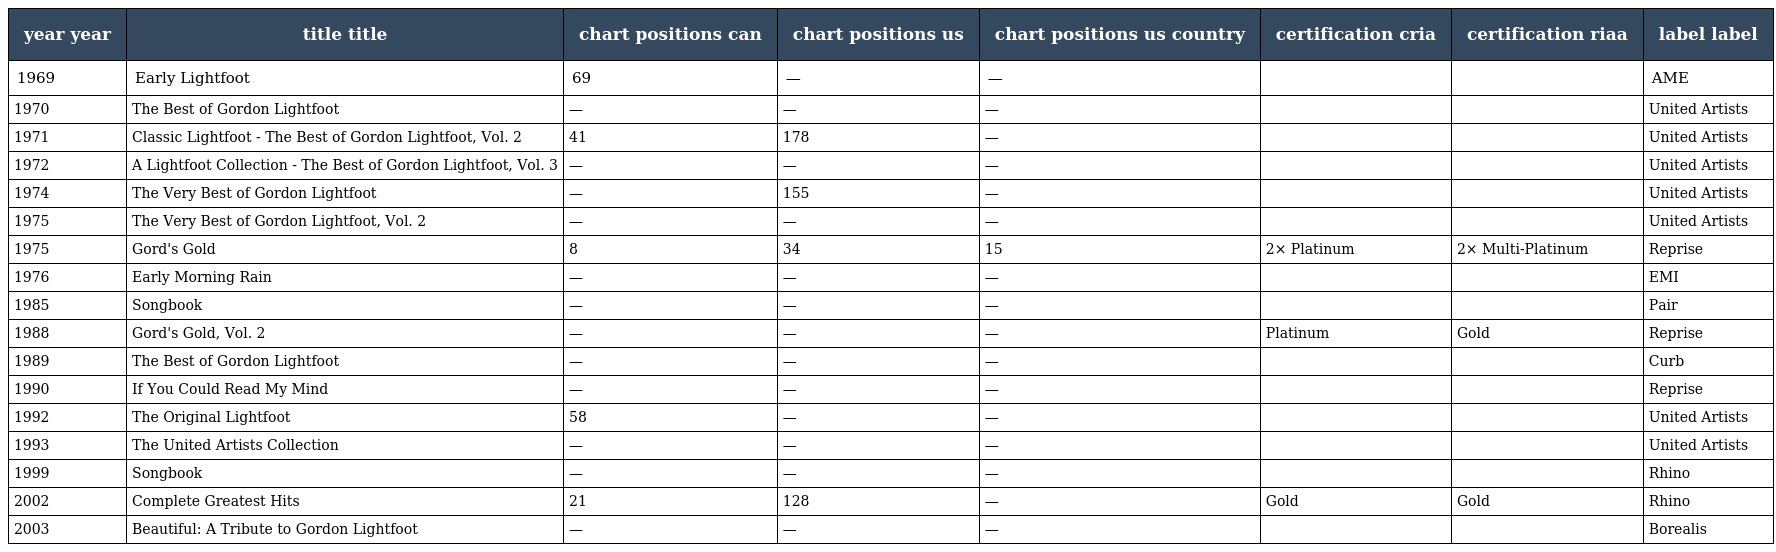
| year year | title title | chart positions can | chart positions us | chart positions us country | certification cria | certification riaa | label label |
 | --- | --- | --- | --- | --- | --- | --- | --- |
 | 1969 | Early Lightfoot | 69 | — | — |  |  | AME |
 | 1970 | The Best of Gordon Lightfoot | — | — | — |  |  | United Artists |
 | 1971 | Classic Lightfoot - The Best of Gordon Lightfoot, Vol. 2 | 41 | 178 | — |  |  | United Artists |
 | 1972 | A Lightfoot Collection - The Best of Gordon Lightfoot, Vol. 3 | — | — | — |  |  | United Artists |
 | 1974 | The Very Best of Gordon Lightfoot | — | 155 | — |  |  | United Artists |
 | 1975 | The Very Best of Gordon Lightfoot, Vol. 2 | — | — | — |  |  | United Artists |
 | 1975 | Gord's Gold | 8 | 34 | 15 | 2× Platinum | 2× Multi-Platinum | Reprise |
 | 1976 | Early Morning Rain | — | — | — |  |  | EMI |
 | 1985 | Songbook | — | — | — |  |  | Pair |
 | 1988 | Gord's Gold, Vol. 2 | — | — | — | Platinum | Gold | Reprise |
 | 1989 | The Best of Gordon Lightfoot | — | — | — |  |  | Curb |
 | 1990 | If You Could Read My Mind | — | — | — |  |  | Reprise |
 | 1992 | The Original Lightfoot | 58 | — | — |  |  | United Artists |
 | 1993 | The United Artists Collection | — | — | — |  |  | United Artists |
 | 1999 | Songbook | — | — | — |  |  | Rhino |
 | 2002 | Complete Greatest Hits | 21 | 128 | — | Gold | Gold | Rhino |
 | 2003 | Beautiful: A Tribute to Gordon Lightfoot | — | — | — |  |  | Borealis |